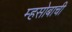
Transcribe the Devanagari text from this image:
म्हसोबाची